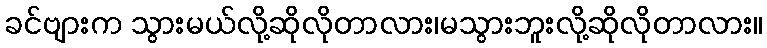
ခင်ဗျားက သွားမယ်လို့ဆိုလိုတာလား၊မသွားဘူးလို့ဆိုလိုတာလား။